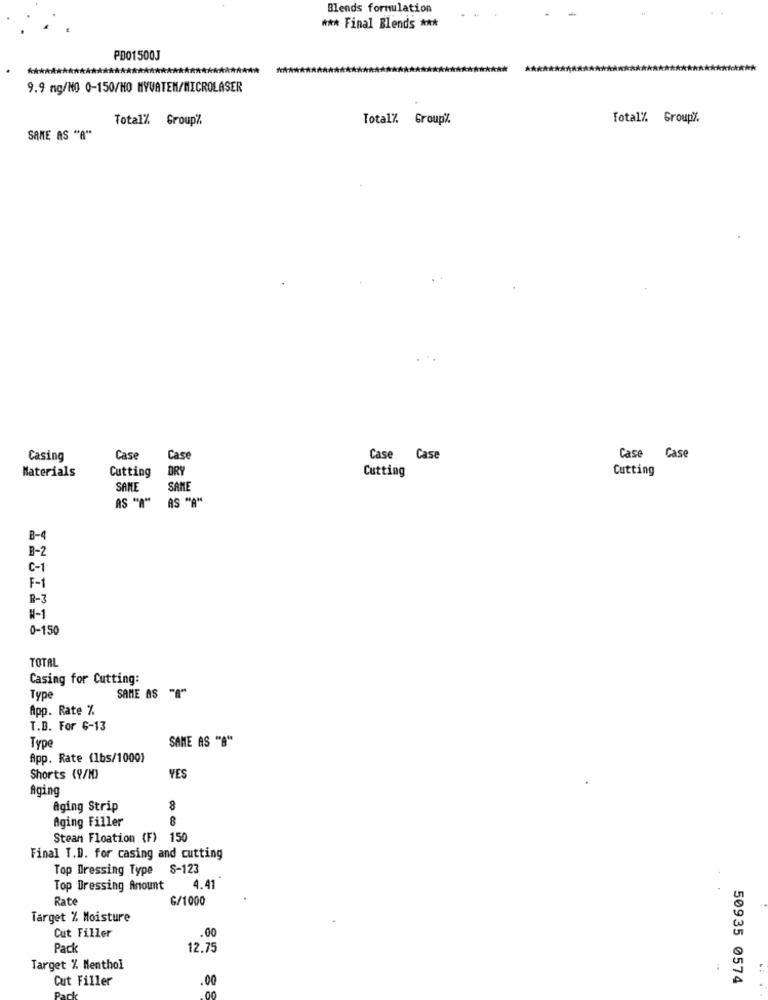
Blends formulation
*** Final Blends ***
PD01500J
***
9.9 mg/NO 0-150/MO MYVATEN/MICROLASER
Total% Group7.
Total% Group".
Total% Group'.
SAME AS "A"
Casing
Case
Case
Case
Case
Case Case
DRY
Cutting
Cutting
Materials
Cutting
SAME
SAME
AS "A" AS "A"
B-4
B-2
C-1
F-1
B-3
H-1
0-150
TOTAL
Casing for Cutting:
SAME AS "A"
Type
App. Rate %.
T.B. For 6-13
Type
SAME AS "B"
App. Rate (1bs/1000)
Shorts (9/1)
YES
Aging
Aging Strip
8
Aging Filler
8
Stean Floation (F) 150
Final T.D. for casing and cutting
Top Dressing Type 8-123
Top Dressing Amount
4.41
Rate
G/1000
Target % Moisture
Cut Filler
.00
Pack
12.75
Target % Menthol
Cut Filler
.00
50935 0574